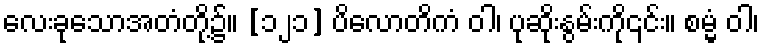
လေးခုသောအတံတို့၌။ [၁၂၁] ပိလောတိကံ ဝါ၊ ပုဆိုးနွမ်းကို၎င်း။ စမ္မံ ဝါ၊